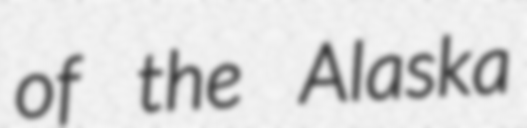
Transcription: of the Alaska